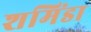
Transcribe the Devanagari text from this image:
शमिंडा